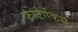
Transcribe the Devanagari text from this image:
फोटाकिस